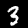
Label: 3